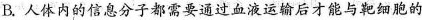
B.人体内的信息分子都需要通过血液运输后才能与靶细胞的